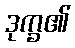
ဒုက္ခ၏